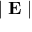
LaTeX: \mid \mathbf { E } \mid